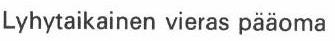
Lyhytaikainen vieras pääoma